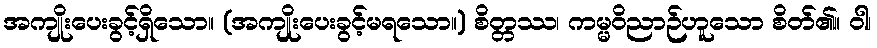
အကျိုးပေးခွင့်ရှိသော။ (အကျိုးပေးခွင့်မရသော။) စိတ္တဿ၊ ကမ္မဝိညာဉ်ဟူသော စိတ်၏။ ဝါ၊